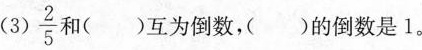
(3) \frac{2}{5} 和()互为倒数，()的倒数是1。